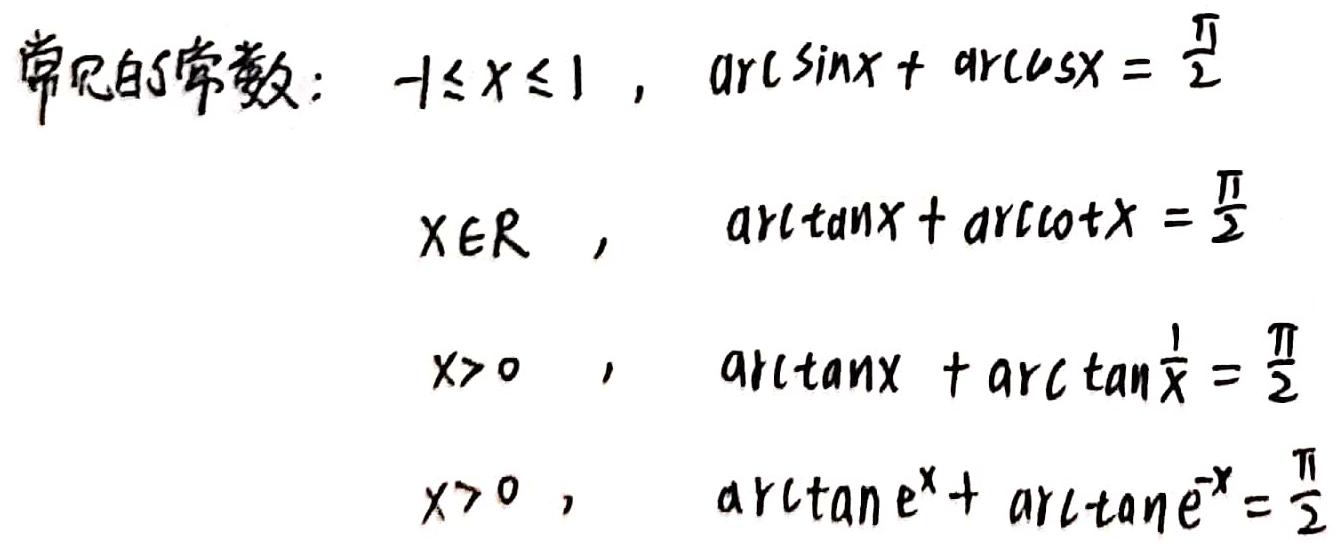
常见的常数：$-1\leq x\leq1$，$\arcsin x+\arccos x=\frac{\pi}{2}$

$x\in\mathbb{R}$，$\arctan x+\arccot x=\frac{\pi}{2}$

$x > 0$，$\arctan x+\arctan\frac{1}{x}=\frac{\pi}{2}$

$x > 0$，$\arctan e^{x}+\arctan e^{-x}=\frac{\pi}{2}$